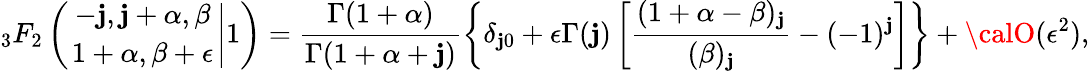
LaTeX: {_3F_{2}}\left(\left.{-\mathbf{j},\mathbf{j}+\alpha,\beta\atop1+\alpha,\beta+\epsilon}\right|1\right)=\frac{{\Gamma(1+\alpha)}}{{\Gamma(1+\alpha+\mathbf{j})}}\left\{ \delta_{\mathbf{j}0}+\epsilon\Gamma(\mathbf{j})\left[\frac{{(1+\alpha-\beta)_{\mathbf{j}}}}{{(\beta)_{\mathbf{j}}}}-(-1)^{\mathbf{j}}\right]\right\} +{\calO}(\epsilon^{2}),